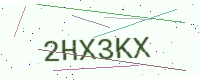
Text: 2HX3KX